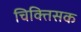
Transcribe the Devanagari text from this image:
चिक्तिसक